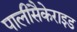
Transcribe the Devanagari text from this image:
पालीसैकेराइड